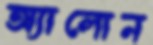
অ্যালোন